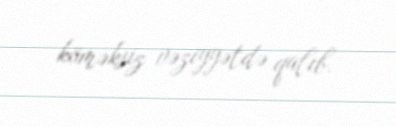
köməksiz vəziyyətdə qalıb.